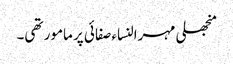
منجھلی مہرالنساء صفائی پر مامور تھی۔